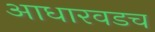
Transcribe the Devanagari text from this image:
आधारवडच